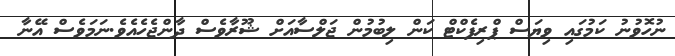
ނުހޮވުނު ކަމުގައި ވިޔަސް ޕްރިފެކްޓް ކަން ލިބުމުން ޖަލްސާއަށް ޝޫރާވެސް ދާންޖެހެއެވެ.ނަމަވެސް އޭނާ